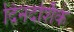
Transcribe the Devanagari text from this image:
दिनदर्शिके